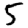
Digit: 5